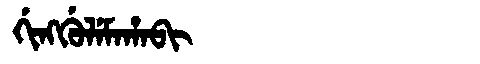
Manchu: ᡤᡳᠩᡤᡠᠯᡝᠮᠠᡥᠠᠪᡳ
Romanization: GINGGULEMAHABI